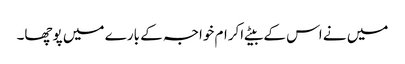
میں نے اس کے بیٹے اکرام خواجہ کے بارے میں پوچھا۔